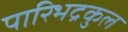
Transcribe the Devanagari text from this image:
पारिभद्रकुल